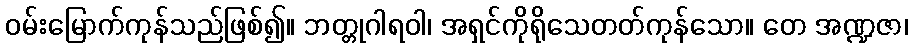
ဝမ်းမြောက်ကုန်သည်ဖြစ်၍။ ဘတ္တုဂါရဝါ၊ အရှင်ကိုရိုသေတတ်ကုန်သော။ တေ အဏ္ဍဇာ၊